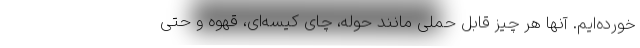
خورده‌ایم. آنها هر چیز قابل حملی مانند حوله، چای کیسه‌ای، قهوه و حتی